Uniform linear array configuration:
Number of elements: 4
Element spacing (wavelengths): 0.25
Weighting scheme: blackman
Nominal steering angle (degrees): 30
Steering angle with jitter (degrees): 30.74
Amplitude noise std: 0.05
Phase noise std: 0.05

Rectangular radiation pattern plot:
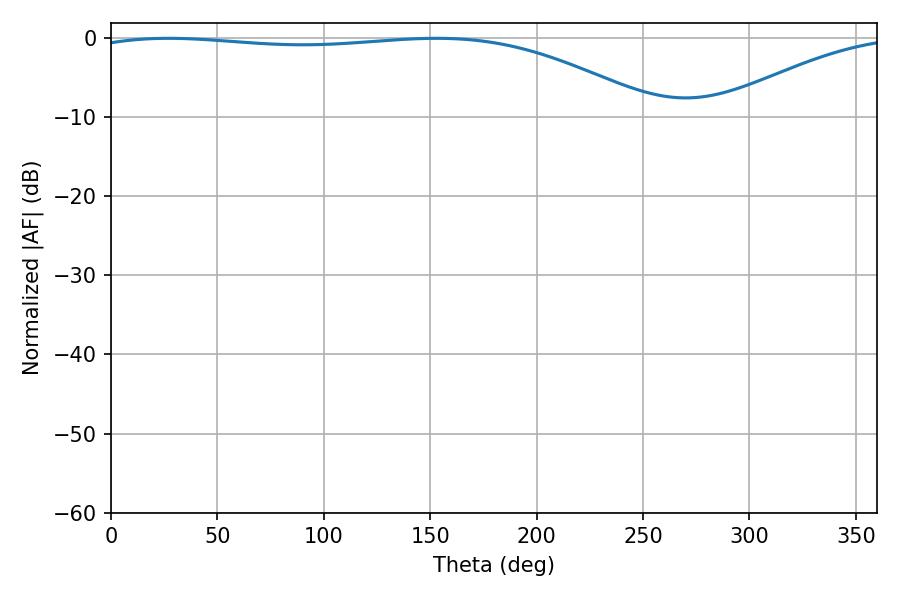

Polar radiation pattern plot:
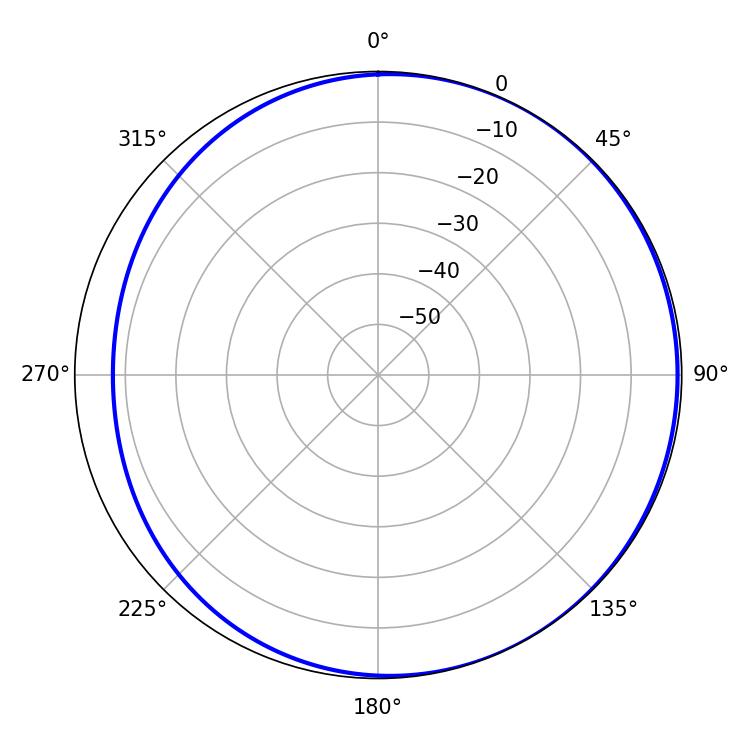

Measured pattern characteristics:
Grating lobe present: FALSE
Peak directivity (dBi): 2.363
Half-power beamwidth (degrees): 213.12
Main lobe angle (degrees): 27